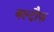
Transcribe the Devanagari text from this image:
बल्दौफ़